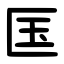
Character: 匤